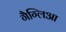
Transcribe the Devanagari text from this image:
गैग्लिआ